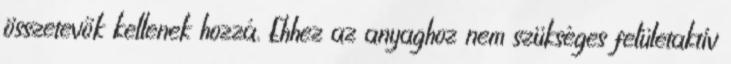
összetevők kellenek hozzá. Ehhez az anyaghoz nem szükséges felületaktív